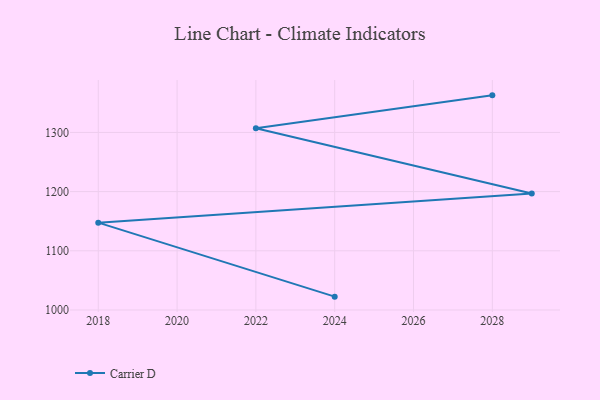
{"axis": {"x": "Year", "y": "Demand Index"}, "legend": ["Carrier D"], "data": [{"x": "2028", "y": 1362.7, "type": "Carrier D"}, {"x": "2022", "y": 1307.1, "type": "Carrier D"}, {"x": "2029", "y": 1196.8, "type": "Carrier D"}, {"x": "2018", "y": 1147.6, "type": "Carrier D"}, {"x": "2024", "y": 1022.5, "type": "Carrier D"}]}